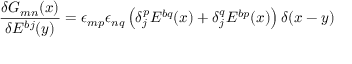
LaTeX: \frac { \delta G _ { m n } ( x ) } { \delta E ^ { b j } ( y ) } = \epsilon _ { m p } \epsilon _ { n q } \left( \delta _ { j } ^ { p } E ^ { b q } ( x ) + \delta _ { j } ^ { q } E ^ { b p } ( x ) \right) \delta ( x - y )